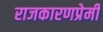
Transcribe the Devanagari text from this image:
राजकारणप्रेमी